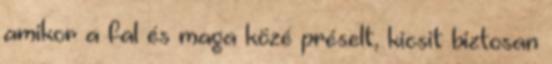
amikor a fal és maga közé préselt, kicsit biztosan